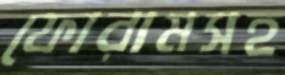
ফোরামসহ